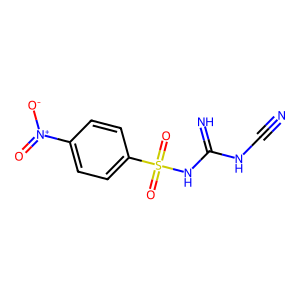
SMILES: N#CNC(=N)NS(=O)(=O)c1ccc([N+](=O)[O-])cc1
Inhibits HIV replication: No